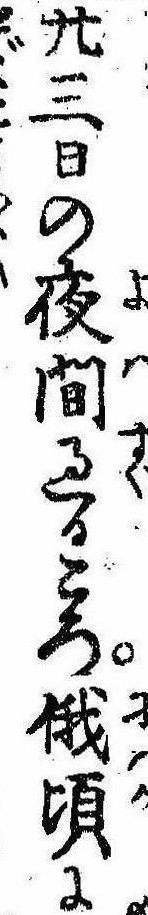
廿三日の夜間過るころ俄頃に